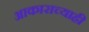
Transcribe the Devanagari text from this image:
आकाराच्याही